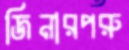
জিনারপরু